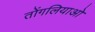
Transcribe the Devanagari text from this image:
तोंगलियाओ